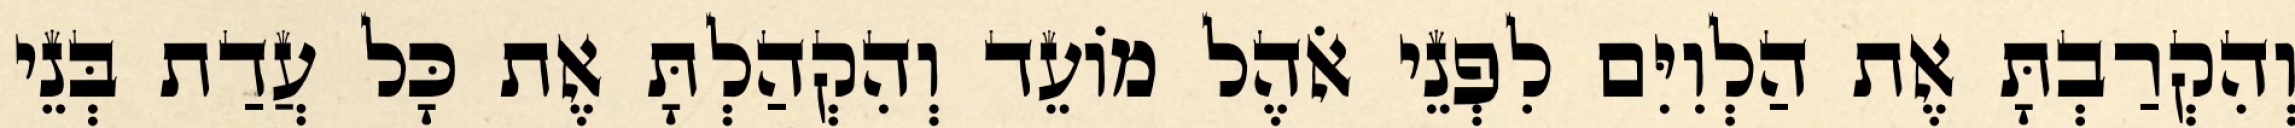
וְהִקְרַבְתָּ אֶת הַלְוִיִּם לִפְנֵי אֹהֶל מוֹעֵד וְהִקְהַלְתָּ אֶת כָּל עֲדַת בְּנֵי